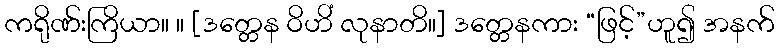
ကရိုဏ်းကြိယာ။ ။ [ဒတ္တေန ဝိဟိံ လုနာတိ။] ဒတ္တေနကား “ဖြင့်”ဟူ၍ အနက်